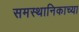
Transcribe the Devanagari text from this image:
समस्थानिकाच्या